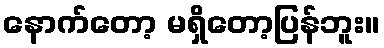
နောက်တော့ မရှိတော့ပြန်ဘူး။